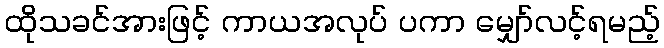
ထိုသခင်အားဖြင့် ကာယအလုပ် ပကာ မျှော်လင့်ရမည့်